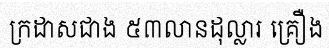
ក្រដាសជាង ៥៣លានដុល្លារ គ្រឿង